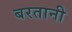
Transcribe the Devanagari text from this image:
बरतानी